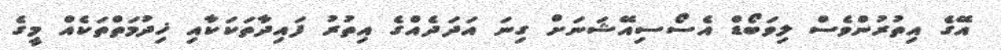
އޭގެ އިތުރުންވެސް ލިވަބޯޑް އެސޯސިއޭޝަނަށް ގިނަ އަދަދެއްގެ އިތުރު ފައިދާތަކަކާއި ޚިދުމަތްތަކެއް މީގެ